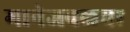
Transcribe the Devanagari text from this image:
मानेजवळचा